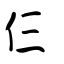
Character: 仨